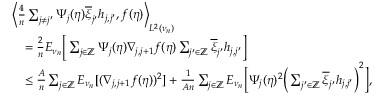
\begin{array} { r l } & { \bigg \langle \frac { 4 } { n } \sum _ { j \neq j ^ { \prime } } \Psi _ { j } ( \eta ) \overline { { \xi } } _ { j ^ { \prime } } h _ { j , j ^ { \prime } } , f ( \eta ) \bigg \rangle _ { L ^ { 2 } ( \nu _ { n } ) } } \\ & { \quad = \frac { 2 } { n } E _ { \nu _ { n } } \bigg [ \sum _ { j \in \mathbb { Z } } \Psi _ { j } ( \eta ) \nabla _ { j , j + 1 } f ( \eta ) \sum _ { j ^ { \prime } \in \mathbb { Z } } \overline { { \xi } } _ { j ^ { \prime } } h _ { j , j ^ { \prime } } \bigg ] } \\ & { \quad \le \frac { A } { n } \sum _ { j \in \mathbb { Z } } E _ { \nu _ { n } } [ ( \nabla _ { j , j + 1 } f ( \eta ) ) ^ { 2 } ] + \frac { 1 } { A n } \sum _ { j \in \mathbb { Z } } E _ { \nu _ { n } } \bigg [ \Psi _ { j } ( \eta ) ^ { 2 } \bigg ( \sum _ { j ^ { \prime } \in \mathbb { Z } } \overline { { \xi } } _ { j ^ { \prime } } h _ { j , j ^ { \prime } } \bigg ) ^ { 2 } \bigg ] , } \end{array}